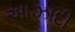
અાઝાદી